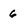
Character: 6